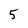
Character: 5